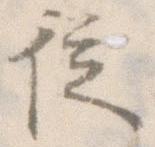
従